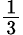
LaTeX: \begin{array}{l}{{\frac{1}{3}}}\end{array}